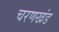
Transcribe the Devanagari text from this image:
चरणखंड